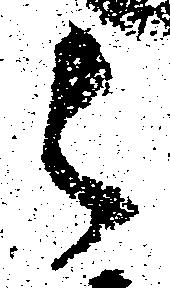
之